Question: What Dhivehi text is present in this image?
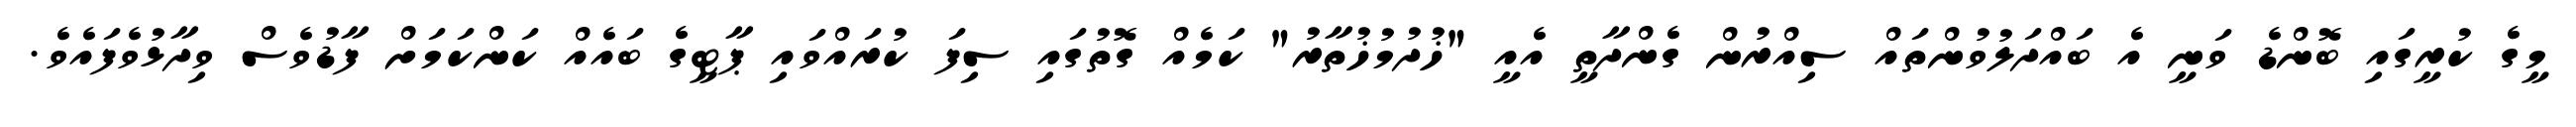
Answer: މީގެ ކުރީގައި ބޮންޑެ ވަނީ އެ ބައްދަލުވުންތައް ސިއްރުން ގެންދާތީ އެއީ "ޚުދުމުޚުތާރު" ކަމެއް ގޮތުގައި ސިފަ ކުރައްވައި ޕާޓީގެ ބައެއް ކަންކަމަށް ފާޑުވެސް ވިދާޅުވެފައެވެ.